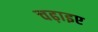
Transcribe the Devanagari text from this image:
चढ़ाइए